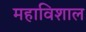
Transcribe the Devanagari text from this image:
महाविशाल